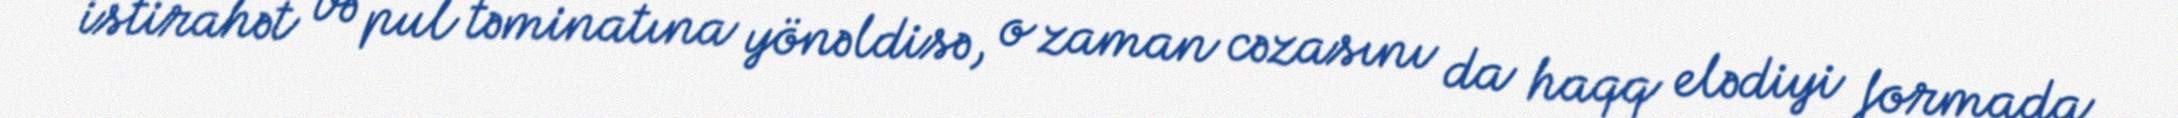
istirahət və pul təminatına yönəldisə, o zaman cəzasını da haqq elədiyi formada